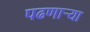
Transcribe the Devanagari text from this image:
पढणार्‍या